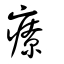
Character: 療